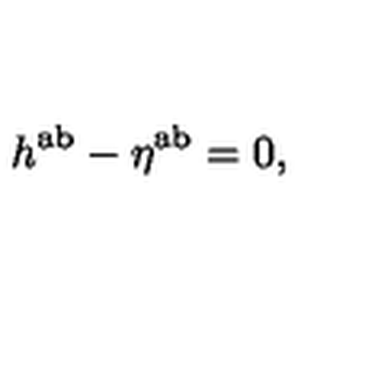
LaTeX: h ^ { \mathrm { a b } } - \eta ^ { \mathrm { a b } } = 0 ,